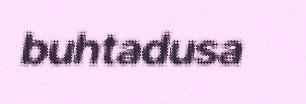
buhtadusa